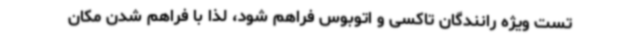
تست ویژه رانندگان تاکسی و اتوبوس فراهم شود، لذا با فراهم شدن مکان